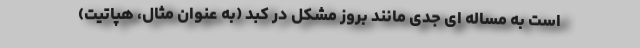
است به مساله ای جدی مانند بروز مشکل در کبد (به عنوان مثال، هپاتیت)